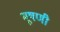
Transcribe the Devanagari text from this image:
भूषणी